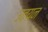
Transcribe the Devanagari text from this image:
उतयन